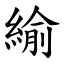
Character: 緰